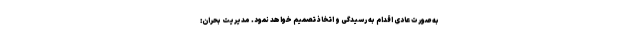
به صورت عادی اقدام به رسیدگی و اتخاذ تصمیم خواهد نمود. مدیریت بحران: